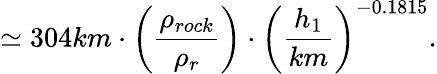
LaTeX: {\simeq 304km\cdot\left(\frac{\rho_{rock}}{\rho_{r}}\right)}\cdot{\left(\frac{h_{1}}{km}\right)^{-0.1815}}.